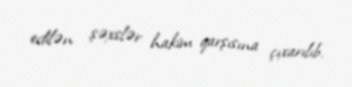
edilən şəxslər hakim qarşısına çıxarılıb.